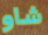
شاو